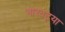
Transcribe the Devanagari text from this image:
भारवट्या